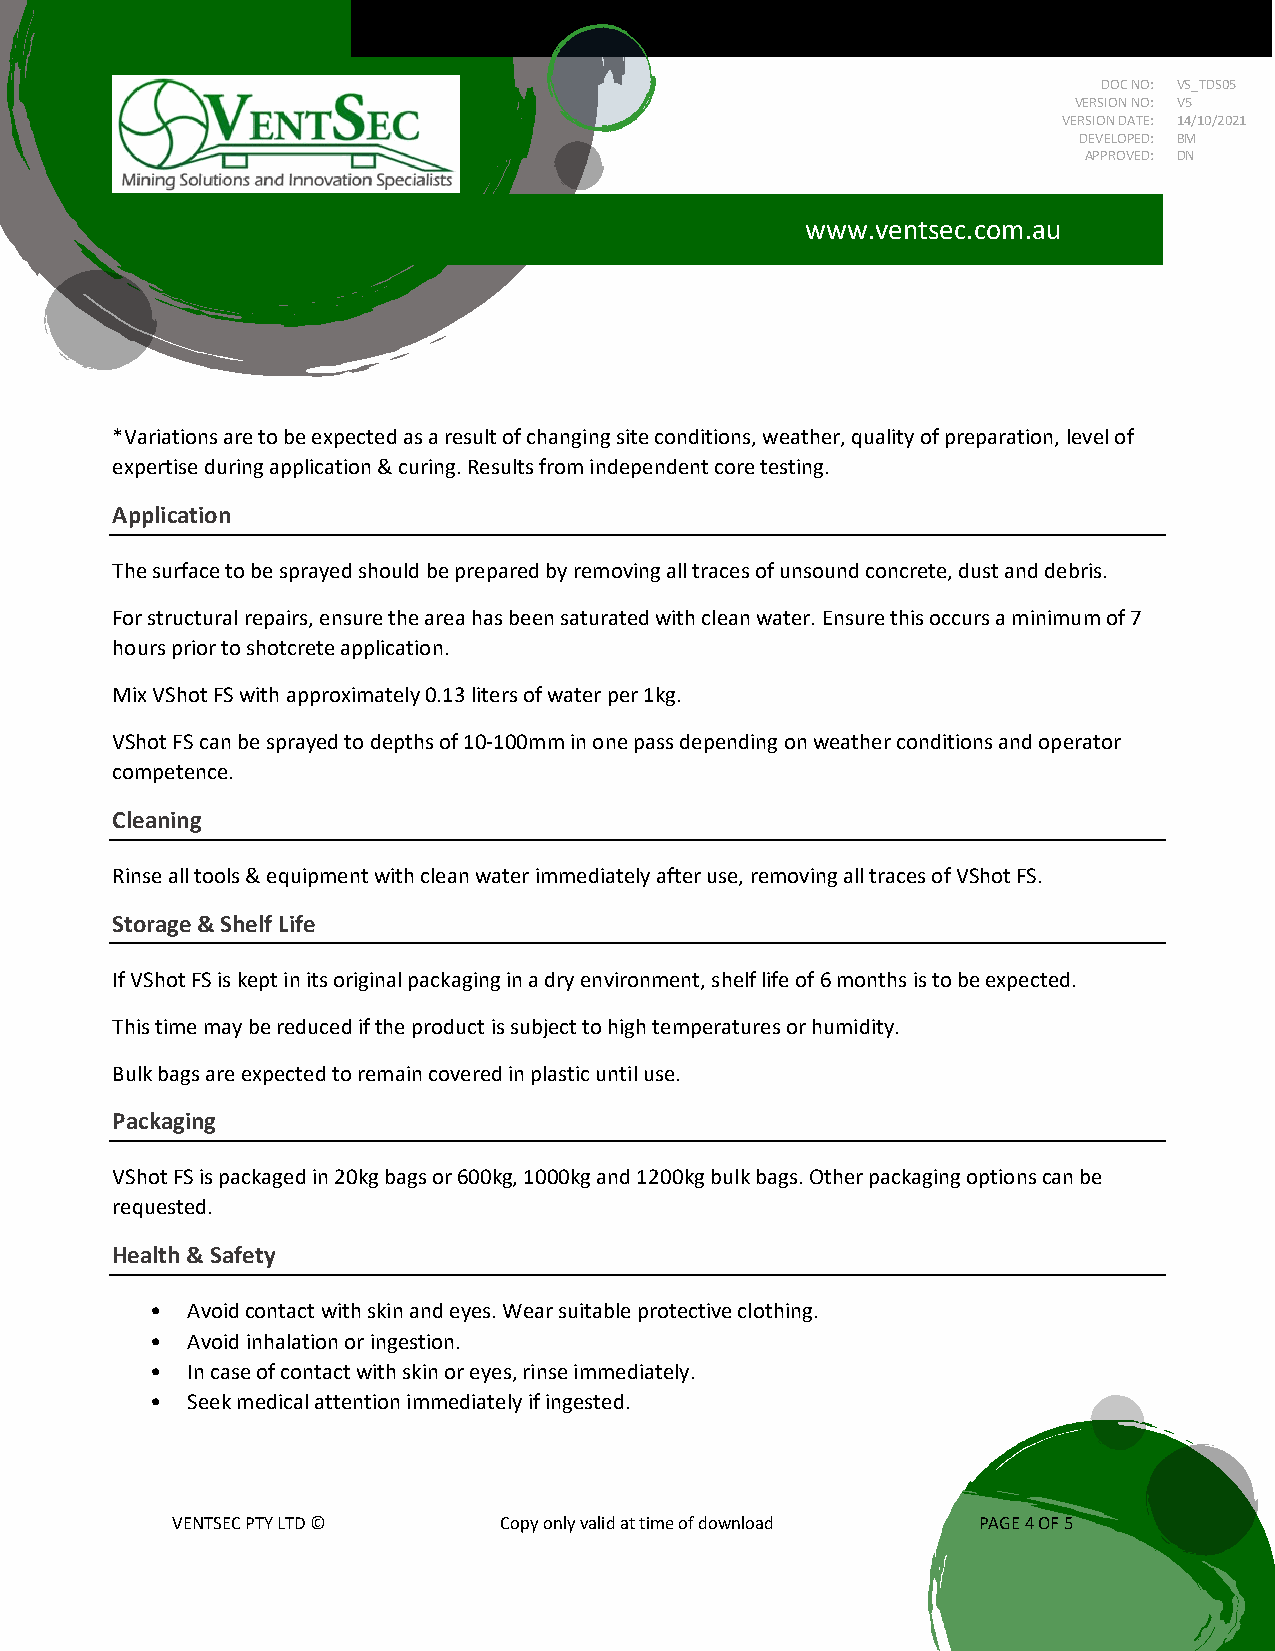
DOC NO: VS_TDS05
 VERSION NO: V5
 VERSION DATE: 14/10/2021
 DEVELOPED: BM
 APPROVED: DN
 www.ventsec.com.au
 *Variations are to be expected as a result of changing site conditions, weather, quality of preparation, level of
 expertise during application & curing. Results from independent core testing.
 Application
 The surface to be sprayed should be prepared by removing all traces of unsound concrete, dust and debris.
 For structural repairs, ensure the area has been saturated with clean water. Ensure this occurs a minimum of 7
 hours prior to shotcrete application.
 Mix VShot FS with approximately 0.13 liters of water per 1kg.
 VShot FS can be sprayed to depths of 10-100mm in one pass depending on weather conditions and operator
 competence.
 Cleaning
 Rinse all tools & equipment with clean water immediately after use, removing all traces of VShot FS.
 Storage & Shelf Life
 If VShot FS is kept in its original packaging in a dry environment, shelf life of 6 months is to be expected.
 This time may be reduced if the product is subject to high temperatures or humidity.
 Bulk bags are expected to remain covered in plastic until use.
 Packaging
 VShot FS is packaged in 20kg bags or 600kg, 1000kg and 1200kg bulk bags. Other packaging options can be
 requested.
 Health & Safety
 • Avoid contact with skin and eyes. Wear suitable protective clothing.
 • Avoid inhalation or ingestion.
 • In case of contact with skin or eyes, rinse immediately.
 • Seek medical attention immediately if ingested.
 VENTSEC PTY LTD ©     Copy only valid at time of download PAGE 4 OF 5